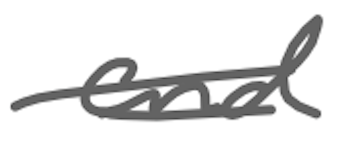
Text: and
Cross-out: double-line
Writing tool: digital_gray